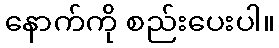
နောက်ကို စည်းပေးပါ။